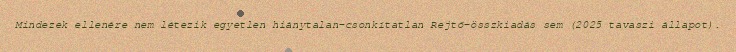
Mindezek ellenére nem létezik egyetlen hiánytalan-csonkítatlan Rejtő-összkiadás sem (2025 tavaszi állapot).